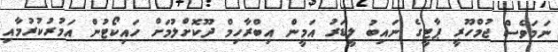
ނަމަވެސް ޖުމްހޫރީ ޕާޓީގެ ނައިބު ލީޑަރު އަމީން އިބްރާހިމް ދޫކޮށްލުމަށް ހައިކޯޓުން އަމުރުކުރުމާއި